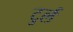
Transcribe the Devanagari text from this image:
टुर्ल